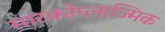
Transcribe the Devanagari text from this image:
सारकोप्लाज्मिक